Indian Civil Veterinary Department memoirs
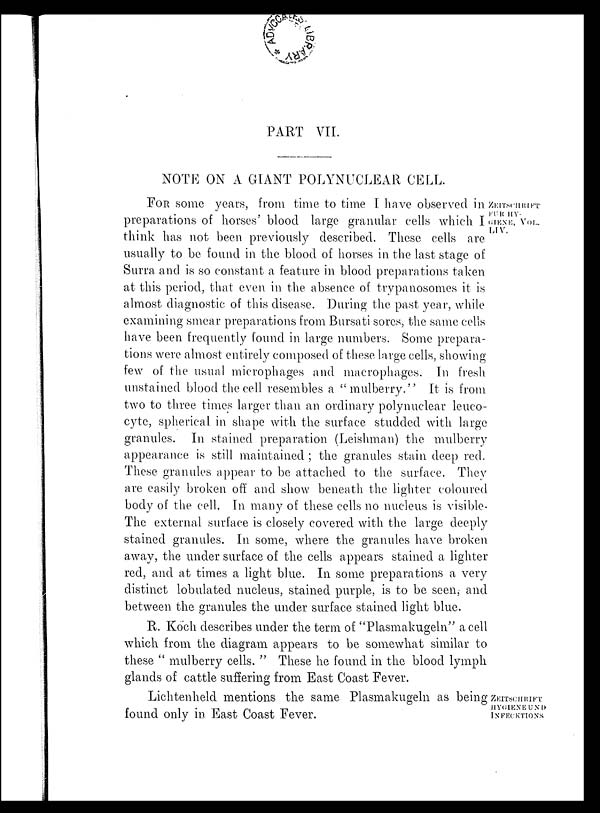
PART VII.
NOTE ON A GIANT POLYNUCLEAR CELL.
ZEITSCHRIFT
FUR HY¬
GIENE, VOL.
LIV.
FOR some years, from time to time I have observed in
preparations of horses' blood large granular cells which I
think has not been previously described. These cells are
usually to be found in the blood of horses in the last stage of
Surra and is so constant a feature in blood preparations taken
at this period, that even in the absence of trypanosomes it is
almost diagnostic of this disease. During the past year, while
examining smear preparations from Bursati sores, the same cells
have been frequently found in large numbers. Some prepara-
tions were almost entirely composed of these large cells, showing
few of the usual microphages and macrophages. In fresh
unstained blood the cell resembles a "mulberry." It is from
two to three times larger than an ordinary polynuclear leuco-
cyte, spherical in shape with the surface studded with large
granules. In stained preparation (Leishman) the mulberry
appearance is still maintained; the granules stain deep red.
These granules appear to be attached to the surface. They
are easily broken off and show beneath the lighter coloured
body of the cell. In many of these cells no nucleus is visible.
The external surface is closely covered with the large deeply
stained granules. In some, where the granules have broken
away, the under surface of the cells appears stained a lighter
red, and at times a light blue. In some preparations a very
distinct lobulated nucleus, stained purple, is to be seen, and
between the granules the under surface stained light blue.
R. Koch describes under the term of "Plasmakugeln" a cell
which from the diagram appears to be somewhat similar to
these " mulberry cells. " These he found in the blood lymph
glands of cattle suffering from East Coast Fever.
ZEITSCHRIFT
HYGIENE UND
INFECKTIONS
Lichtenheld mentions the same Plasmakugeln as being
found only in East Coast Fever.